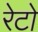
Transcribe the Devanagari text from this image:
रेटो